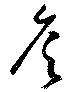
詹